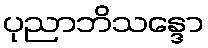
ပုညာဘိသန္ဒော